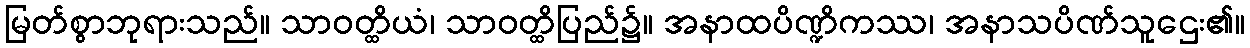
မြတ်စွာဘုရားသည်။ သာဝတ္ထိယံ၊ သာဝတ္ထိပြည်၌။ အနာထပိဏ္ဍိကဿ၊ အနာသပိဏ်သူဌေး၏။